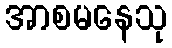
အာစမနေသု